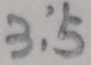
3 : 5